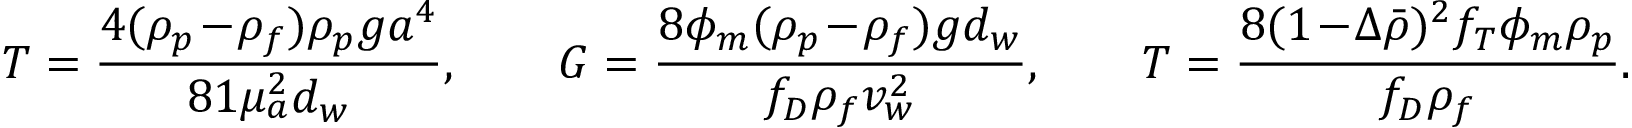
{ \cal T } = \frac { 4 ( \rho _ { p } \! - \! \rho _ { f } ) \rho _ { p } g a ^ { 4 } } { 8 1 \mu _ { a } ^ { 2 } d _ { w } } , \qquad G = \frac { 8 \phi _ { m } ( \rho _ { p } \! - \! \rho _ { f } ) g d _ { w } } { f _ { D } \rho _ { f } v _ { w } ^ { 2 } } , \qquad T = \frac { 8 ( 1 \! - \! \Delta \bar { \rho } ) ^ { 2 } f _ { T } \phi _ { m } \rho _ { p } } { f _ { D } \rho _ { f } } .